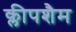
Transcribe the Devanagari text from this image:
क्लीपशैम